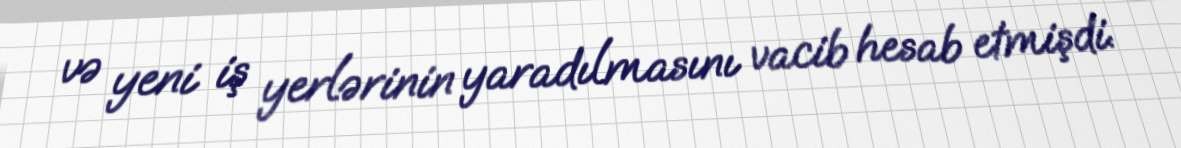
və yeni iş yerlərinin yaradılmasını vacib hesab etmişdi.